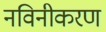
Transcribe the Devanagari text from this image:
नविनीकरण